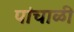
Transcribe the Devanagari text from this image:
पांचाळी